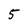
Character: 5